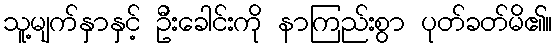
သူ့မျက်နှာနှင့် ဦးခေါင်းကို နာကြည်းစွာ ပုတ်ခတ်မိ၏။